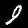
Label: 9